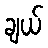
ချယ်